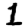
Digit: 1